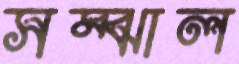
সম্‌ঝাল